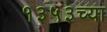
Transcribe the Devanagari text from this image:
१३५३च्या